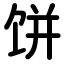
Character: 饼